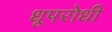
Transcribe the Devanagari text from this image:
धूपरोधी